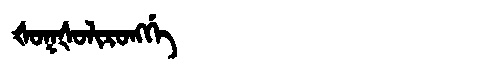
Manchu: ᡧᠣᡴᡧᠣᠯᡳᡵᠣᠩᡤᡝ
Romanization: ŠOKŠOLIRONGGE